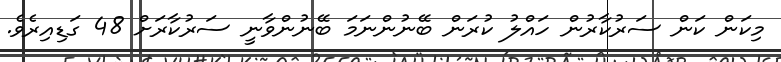
މިކަން ކަން ސަރުކާރުން ހައްލު ކުރަން ބޭނުންނަމަ ބޭނުންވާނީ ސަރުކާރަށް 48 ގަޑިއިރެވެ.